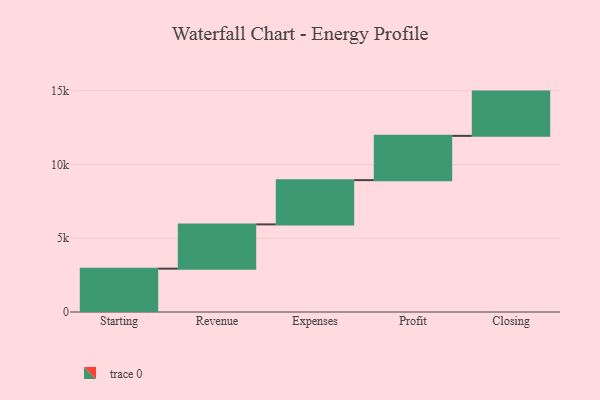
{"axis": {"x": "Step", "y": "Value"}, "legend": [""], "data": [{"x": "Starting", "y": 2938.0, "type": ""}, {"x": "Revenue", "y": 3000, "type": ""}, {"x": "Expenses", "y": 3000, "type": ""}, {"x": "Profit", "y": 3000, "type": ""}, {"x": "Closing", "y": 3000, "type": ""}]}